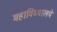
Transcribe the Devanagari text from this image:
महाविध्यालये